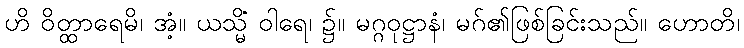
ဟိ ဝိတ္ထာရေမိ၊ အံ့။ ယသ္မိံ ဝါရေ၊ ၌။ မဂ္ဂဝုဋ္ဌာနံ၊ မဂ်၏ဖြစ်ခြင်းသည်။ ဟောတိ၊